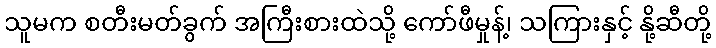
သူမက စတီးမတ်ခွက် အကြီးစားထဲသို့ ကော်ဖီမှုန့်၊ သကြားနှင့် နို့ဆီတို့